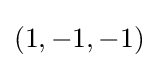
(1,-1,-1)